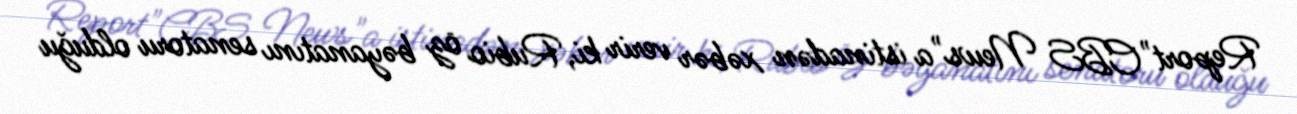
Report"CBS News"a istinadən xəbər verir ki, Rubio öz bəyanatını senatoru olduğu